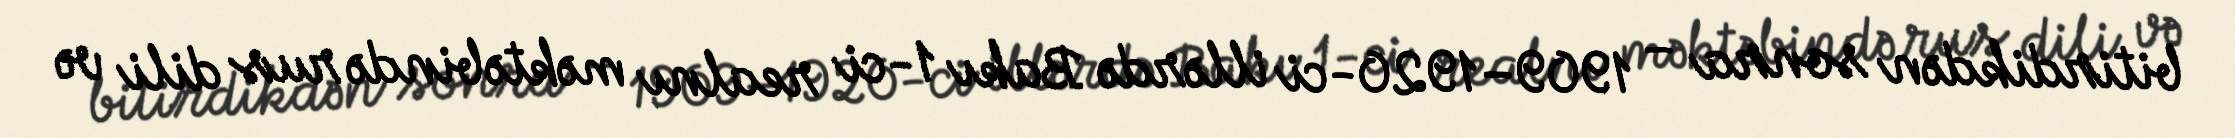
bitirdikdən sonra – 1909–1920-ci illərdə Bakı 1-ci realnı məktəbində rus dili və